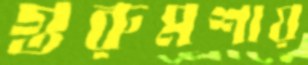
গুরুমশায়